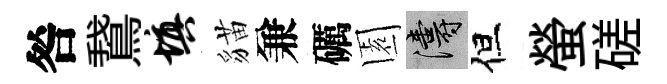
咎鵞填貓兼礪園濤但螢磋